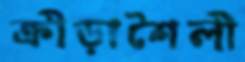
ক্রীড়াশৈলী